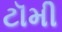
ટૉમી